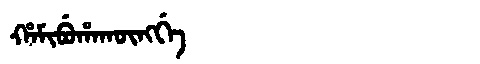
Manchu: ᡥᠠᠮᡳᠪᡠᡥᠠᡴᡡᠩᡤᡝ
Romanization: HAMIBUHAKŪNGGE